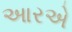
આરએ